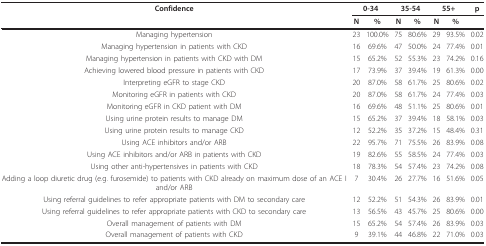
<table><thead><tr><td><b>Confidence</b></td><td colspan="2"><b>0-34</b></td><td colspan="2"><b>35-54</b></td><td colspan="2"><b>55+</b></td><td><b>p</b></td></tr><tr><td></td><td><b>N</b></td><td><b>%</b></td><td><b>N</b></td><td><b>%</b></td><td><b>N</b></td><td><b>%</b></td><td></td></tr></thead><tbody><tr><td>Managing hypertension</td><td>23</td><td>100.0%</td><td>75</td><td>80.6%</td><td>29</td><td>93.5%</td><td>0.02</td></tr><tr><td>Managing hypertension in patients with CKD</td><td>16</td><td>69.6%</td><td>47</td><td>50.0%</td><td>24</td><td>77.4%</td><td>0.01</td></tr><tr><td>Managing hypertension in patients with CKD with DM</td><td>15</td><td>65.2%</td><td>52</td><td>55.3%</td><td>23</td><td>74.2%</td><td>0.16</td></tr><tr><td>Achieving lowered blood pressure in patients with CKD</td><td>17</td><td>73.9%</td><td>37</td><td>39.4%</td><td>19</td><td>61.3%</td><td>0.00</td></tr><tr><td>Interpreting eGFR to stage CKD</td><td>20</td><td>87.0%</td><td>58</td><td>61.7%</td><td>25</td><td>80.6%</td><td>0.02</td></tr><tr><td>Monitoring eGFR in patients with CKD</td><td>20</td><td>87.0%</td><td>58</td><td>61.7%</td><td>24</td><td>77.4%</td><td>0.03</td></tr><tr><td>Monitoring eGFR in CKD patient with DM</td><td>16</td><td>69.6%</td><td>48</td><td>51.1%</td><td>25</td><td>80.6%</td><td>0.01</td></tr><tr><td>Using urine protein results to manage DM</td><td>15</td><td>65.2%</td><td>37</td><td>39.4%</td><td>18</td><td>58.1%</td><td>0.03</td></tr><tr><td>Using urine protein results to manage CKD</td><td>12</td><td>52.2%</td><td>35</td><td>37.2%</td><td>15</td><td>48.4%</td><td>0.31</td></tr><tr><td>Using ACE inhibitors and/or ARB</td><td>22</td><td>95.7%</td><td>71</td><td>75.5%</td><td>26</td><td>83.9%</td><td>0.08</td></tr><tr><td>Using ACE inhibitors and/or ARB in patients with CKD</td><td>19</td><td>82.6%</td><td>55</td><td>58.5%</td><td>24</td><td>77.4%</td><td>0.03</td></tr><tr><td>Using other anti-hypertensives in patients with CKD</td><td>18</td><td>78.3%</td><td>54</td><td>57.4%</td><td>23</td><td>74.2%</td><td>0.08</td></tr><tr><td>Adding a loop diuretic drug (e.g. furosemide) to patients with CKD already on maximum dose of an ACE I and/or ARB</td><td>7</td><td>30.4%</td><td>26</td><td>27.7%</td><td>16</td><td>51.6%</td><td>0.05</td></tr><tr><td>Using referral guidelines to refer appropriate patients with DM to secondary care</td><td>12</td><td>52.2%</td><td>51</td><td>54.3%</td><td>26</td><td>83.9%</td><td>0.01</td></tr><tr><td>Using referral guidelines to refer appropriate patients with CKD to secondary care</td><td>13</td><td>56.5%</td><td>43</td><td>45.7%</td><td>25</td><td>80.6%</td><td>0.00</td></tr><tr><td>Overall management of patients with DM</td><td>15</td><td>65.2%</td><td>54</td><td>57.4%</td><td>26</td><td>83.9%</td><td>0.03</td></tr><tr><td>Overall management of patients with CKD</td><td>9</td><td>39.1%</td><td>44</td><td>46.8%</td><td>22</td><td>71.0%</td><td>0.03</td></tr></tbody></table>